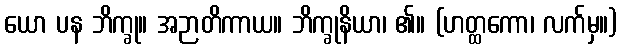
ယော ပန ဘိက္ခု။ အဉာတိကာယ။ ဘိက္ခုနိယာ၊ ၏။ (ဟတ္ထကော၊ လက်မှ။)